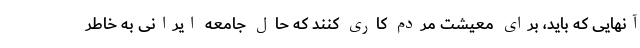
آنهایی که باید، برای معیشت مردم کاری کنند که حال جامعه ایرانی به خاطر